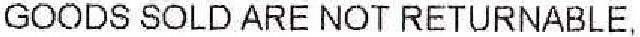
GOODS SOLD ARE NOT RETURNABLE,